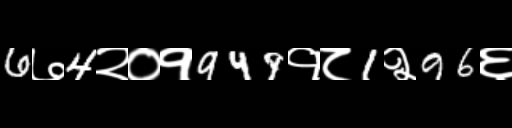
Text: 6७4२०१949१८1२96६